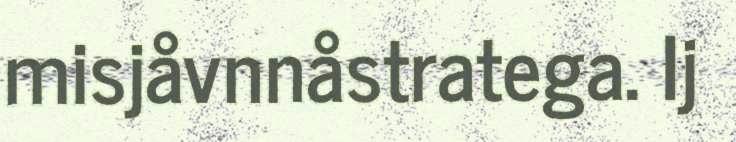
misjåvnnåstratega. Ij